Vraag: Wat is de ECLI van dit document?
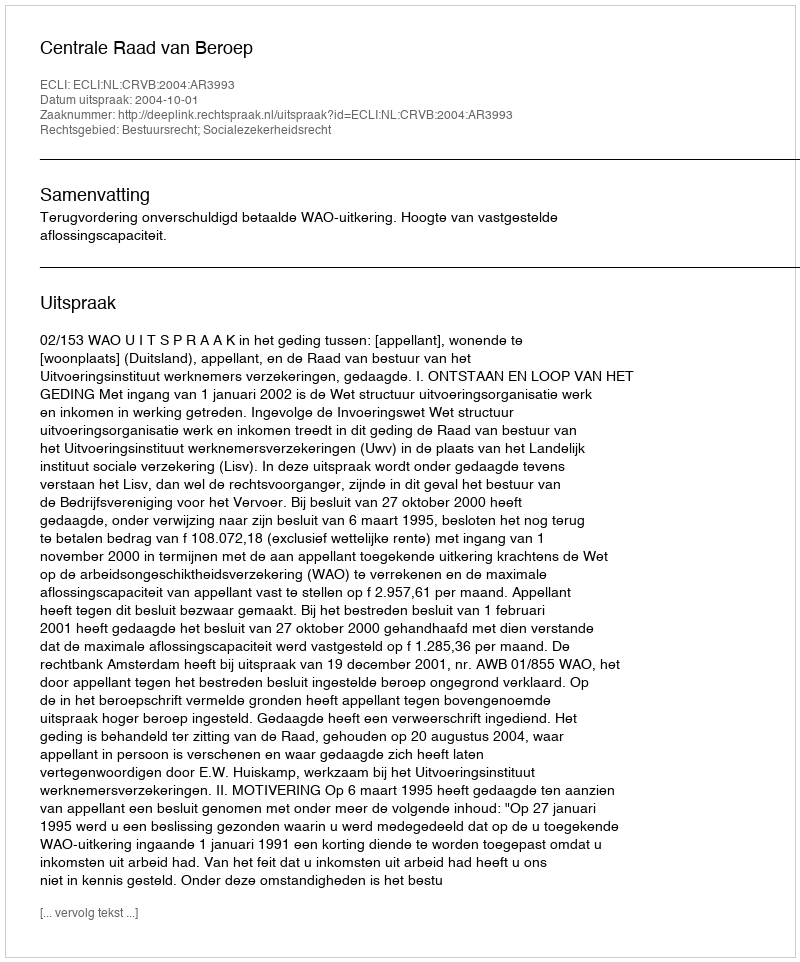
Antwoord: ECLI:NL:CRVB:2004:AR3993